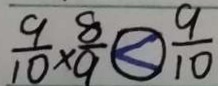
\frac { 9 } { 1 0 } \times \frac { 8 } { 9 } < \frac { 9 } { 1 0 }